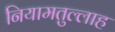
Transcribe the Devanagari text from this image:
नियामतुल्लाह